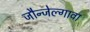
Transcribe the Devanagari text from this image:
जौन्जेल्गावा